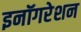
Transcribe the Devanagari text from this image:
इनॉगरेशन